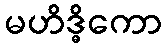
မဟိဒ္ဓိကော